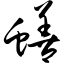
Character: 蟮